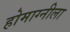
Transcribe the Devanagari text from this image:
होमाग्नीला